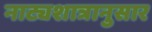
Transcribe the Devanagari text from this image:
नाट्यशात्रानुसार